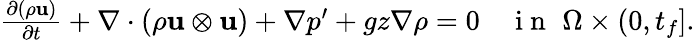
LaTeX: \begin{array}{r}{\frac{\partial(\rho\mathbf u)}{\partial t}+\nabla\cdot(\rho\mathbf u\otimes\mathbf u)+\nabla p^{\prime}+gz\nabla\rho=0\quad\mathrm{~i~n~}\, \, \Omega\times(0,t_{f}].}\end{array}